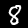
Label: 8